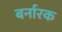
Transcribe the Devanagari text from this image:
बर्नारक